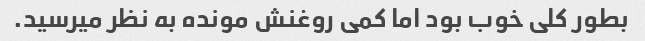
بطور کلی‌ خوب بود اما کمی روغنش مونده به نظر میرسید.